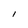
Character: I